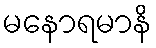
မနောရမာနိ